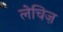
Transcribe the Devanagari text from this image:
लेचिज़